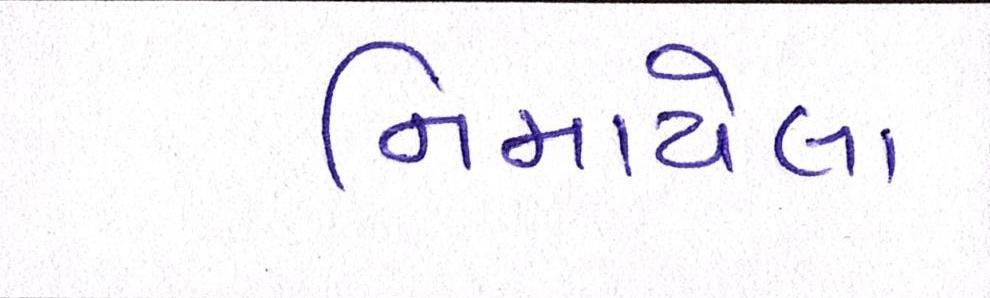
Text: નિમાયેલા